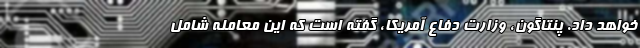
خواهد داد. پنتاگون، وزارت دفاع آمریکا، گفته است که این معامله شامل